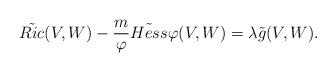
LaTeX: \begin{align*}\tilde{Ric}(V,W)-\frac{m}{\varphi} \tilde{Hess}\varphi(V,W)=\lambda \tilde{g}(V,W).\end{align*}